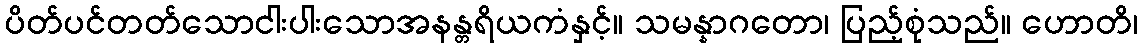
ပိတ်ပင်တတ်သောငါးပါးသောအနန္တရိယကံနှင့်။ သမန္နာဂတော၊ ပြည့်စုံသည်။ ဟောတိ၊